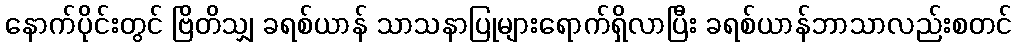
နောက်ပိုင်းတွင် ဗြိတိသျှ ခရစ်ယာန် သာသနာပြုများရောက်ရှိလာပြီး ခရစ်ယာန်ဘာသာလည်းစတင်